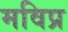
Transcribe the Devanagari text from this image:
मविप्र